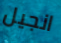
انجيل